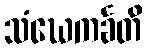
သံဃေကင်္ခတိ